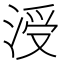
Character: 涭